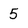
Character: 5